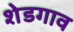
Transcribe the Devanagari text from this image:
शेडगाव